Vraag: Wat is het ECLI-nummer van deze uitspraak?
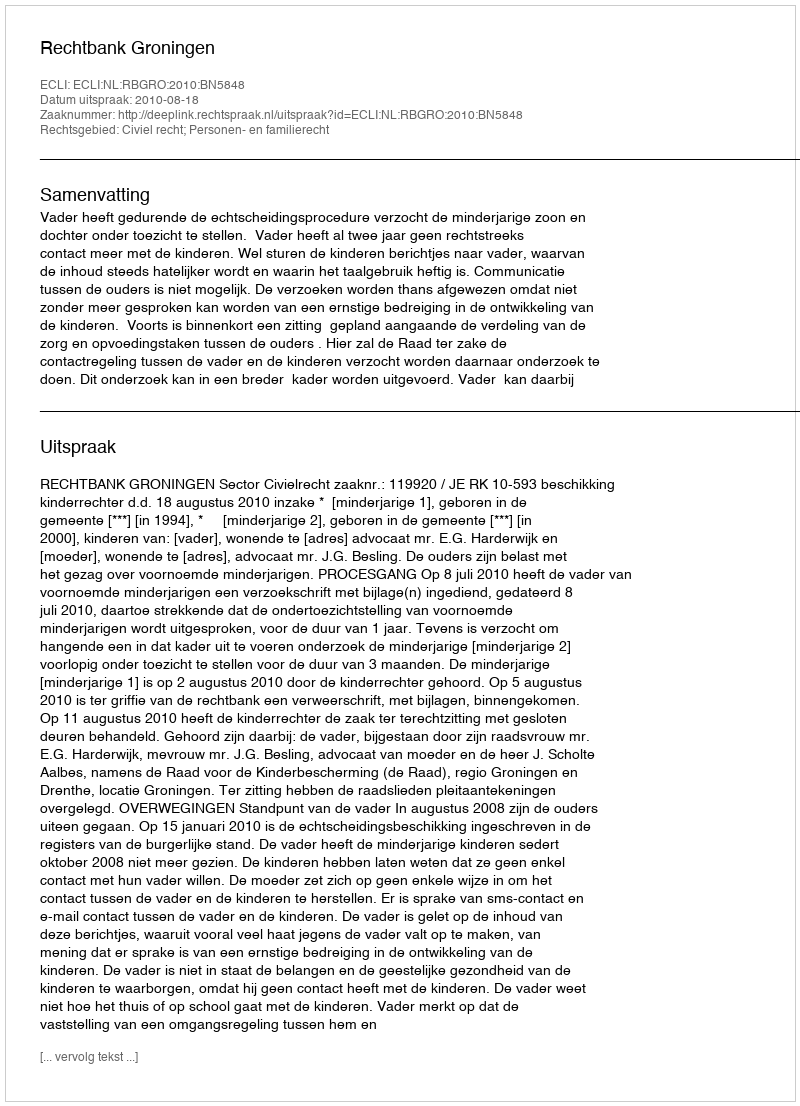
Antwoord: ECLI:NL:RBGRO:2010:BN5848